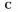
C